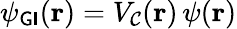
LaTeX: \psi_{\sf GI}({\mathbf{r}})=V_{\cal{C}}({\mathbf{r}})\, \psi({\mathbf{r}})